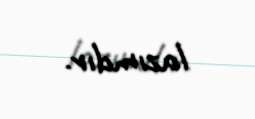
lazımdır.